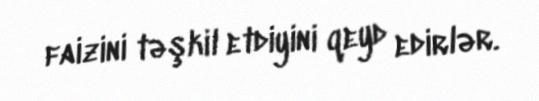
faizini təşkil etdiyini qeyd edirlər.